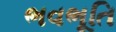
ભવભૂતિ